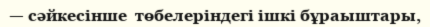
— сәйкесінше  төбелеріндегі ішкі бұраыштары,